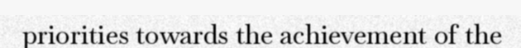
priorities towards the achievement of the